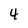
Character: 4